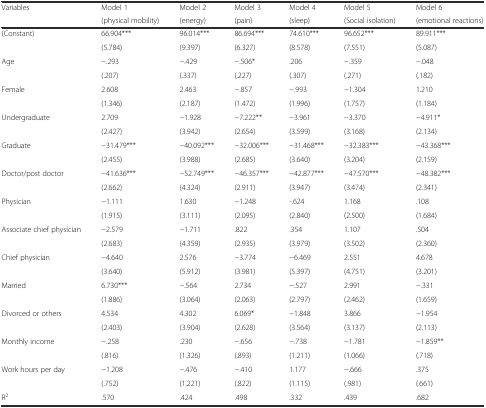
<table><thead><tr><td rowspan="2"><b>Variables</b></td><td><b>Model 1</b></td><td><b>Model 2</b></td><td><b>Model 3</b></td><td><b>Model 4</b></td><td><b>Model 5</b></td><td><b>Model 6</b></td></tr><tr><td><b>(physical mobility)</b></td><td><b>(energy)</b></td><td><b>(pain)</b></td><td><b>(sleep)</b></td><td><b>(Social isolation)</b></td><td><b>(emotional reactions)</b></td></tr></thead><tbody><tr><td rowspan="2">(Constant)</td><td>66.904***</td><td>96.014***</td><td>86.694***</td><td>74.610***</td><td>96.652***</td><td>89.911***</td></tr><tr><td>(5.784)</td><td>(9.397)</td><td>(6.327)</td><td>(8.578)</td><td>(7.551)</td><td>(5.087)</td></tr><tr><td rowspan="2">Age</td><td>−.293</td><td>−.429</td><td>−.506*</td><td>.206</td><td>−.359</td><td>−.048</td></tr><tr><td>(.207)</td><td>(.337)</td><td>(.227)</td><td>(.307)</td><td>(.271)</td><td>(.182)</td></tr><tr><td rowspan="2">Female</td><td>2.608</td><td>2.463</td><td>−.857</td><td>−.993</td><td>−1.304</td><td>1.210</td></tr><tr><td>(1.346)</td><td>(2.187)</td><td>(1.472)</td><td>(1.996)</td><td>(1.757)</td><td>(1.184)</td></tr><tr><td rowspan="2">Undergraduate</td><td>2.709</td><td>−1.928</td><td>−7.222**</td><td>−3.961</td><td>−3.370</td><td>−4.911*</td></tr><tr><td>(2.427)</td><td>(3.942)</td><td>(2.654)</td><td>(3.599)</td><td>(3.168)</td><td>(2.134)</td></tr><tr><td rowspan="2">Graduate</td><td>−31.479***</td><td>−40.092***</td><td>−32.006***</td><td>−31.468***</td><td>−32.383***</td><td>−43.368***</td></tr><tr><td>(2.455)</td><td>(3.988)</td><td>(2.685)</td><td>(3.640)</td><td>(3.204)</td><td>(2.159)</td></tr><tr><td rowspan="2">Doctor/post doctor</td><td>−41.636***</td><td>−52.749***</td><td>−46.357***</td><td>−42.877***</td><td>−47.570***</td><td>−48.382***</td></tr><tr><td>(2.662)</td><td>(4.324)</td><td>(2.911)</td><td>(3.947)</td><td>(3.474)</td><td>(2.341)</td></tr><tr><td rowspan="2">Physician</td><td>−1.111</td><td>1.630</td><td>−1.248</td><td>-.624</td><td>1.168</td><td>.108</td></tr><tr><td>(1.915)</td><td>(3.111)</td><td>(2.095)</td><td>(2.840)</td><td>(2.500)</td><td>(1.684)</td></tr><tr><td rowspan="2">Associate chief physician</td><td>−2.579</td><td>−1.711</td><td>.822</td><td>.354</td><td>1.107</td><td>.504</td></tr><tr><td>(2.683)</td><td>(4.359)</td><td>(2.935)</td><td>(3.979)</td><td>(3.502)</td><td>(2.360)</td></tr><tr><td rowspan="2">Chief physician</td><td>−4.640</td><td>2.576</td><td>−3.774</td><td>−6.469</td><td>2.551</td><td>4.678</td></tr><tr><td>(3.640)</td><td>(5.912)</td><td>(3.981)</td><td>(5.397)</td><td>(4.751)</td><td>(3.201)</td></tr><tr><td rowspan="2">Married</td><td>6.730***</td><td>−.564</td><td>2.734</td><td>−.527</td><td>2.991</td><td>−.331</td></tr><tr><td>(1.886)</td><td>(3.064)</td><td>(2.063)</td><td>(2.797)</td><td>(2.462)</td><td>(1.659)</td></tr><tr><td rowspan="2">Divorced or others</td><td>4.534</td><td>4.302</td><td>6.069*</td><td>−1.848</td><td>3.866</td><td>−1.954</td></tr><tr><td>(2.403)</td><td>(3.904)</td><td>(2.628)</td><td>(3.564)</td><td>(3.137)</td><td>(2.113)</td></tr><tr><td rowspan="2">Monthly income</td><td>−.258</td><td>.230</td><td>−.656</td><td>−.738</td><td>−1.781</td><td>−1.859**</td></tr><tr><td>(.816)</td><td>(1.326)</td><td>(.893)</td><td>(1.211)</td><td>(1.066)</td><td>(.718)</td></tr><tr><td rowspan="2">Work hours per day</td><td>−1.208</td><td>−.476</td><td>−.410</td><td>1.177</td><td>−.666</td><td>.375</td></tr><tr><td>(.752)</td><td>(1.221)</td><td>(.822)</td><td>(1.115)</td><td>(.981)</td><td>(.661)</td></tr><tr><td>R<sup>2</sup></td><td>.570</td><td>.424</td><td>.498</td><td>.332</td><td>.439</td><td>.682</td></tr></tbody></table>